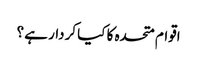
اقوام متحدہ کا کیا کردار ہے ؟